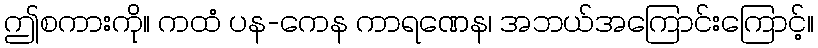
ဤစကားကို။ ကထံ ပန-ကေန ကာရဏေန၊ အဘယ်အကြောင်းကြောင့်။